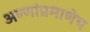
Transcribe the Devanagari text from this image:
अण्णांप्रमाणेच